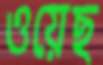
ওয়েছ